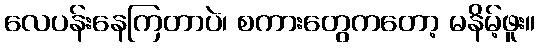
လေပန်းနေကြတာပဲ၊ စကားတွေကတော့ မနိမ့်ဖူး။